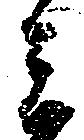
ミ